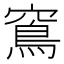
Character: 窵